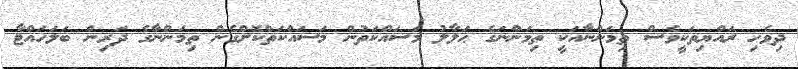
ދިވެހި ރައްޔިތަކީވެސް ތިމަންނާއަކީ ތިމަންނަގެ ޙަލާލު މަސައްކަތުން މަސައްކަތްކޮށްގެން ތިމަންނާގެ ދަރިން ބަލަހައްޓާ